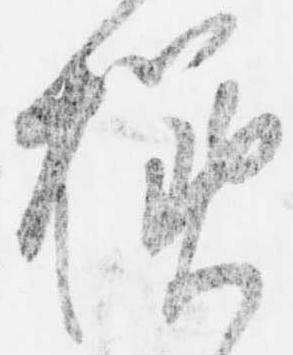
様